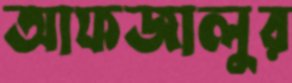
আফজালুর